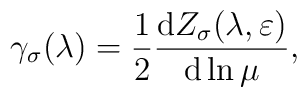
\gamma _{\sigma }(\lambda )=\frac{1}{2}\frac{\mathrm{d}Z_{\sigma }(\lambda,\varepsilon )}{\mathrm{d}\ln \mu },